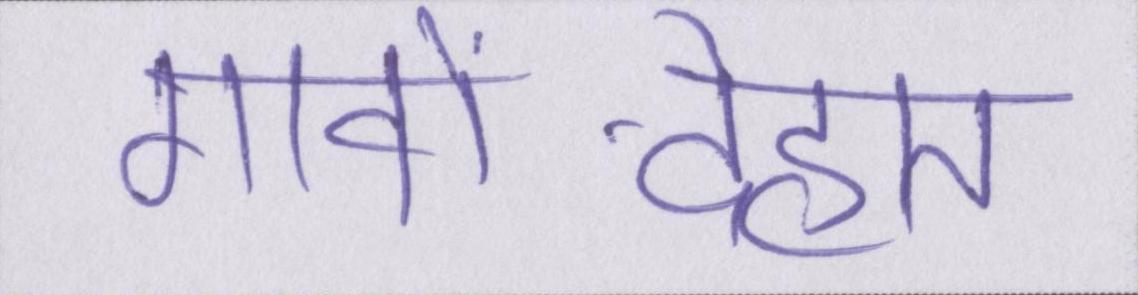
गावों-देहात